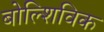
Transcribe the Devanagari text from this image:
बोल्शिविक